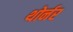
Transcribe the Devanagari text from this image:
थोर्नर